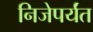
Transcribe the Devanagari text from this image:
निजेपर्यंत